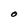
Character: O